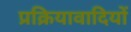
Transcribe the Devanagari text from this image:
प्रक्रियावादियों